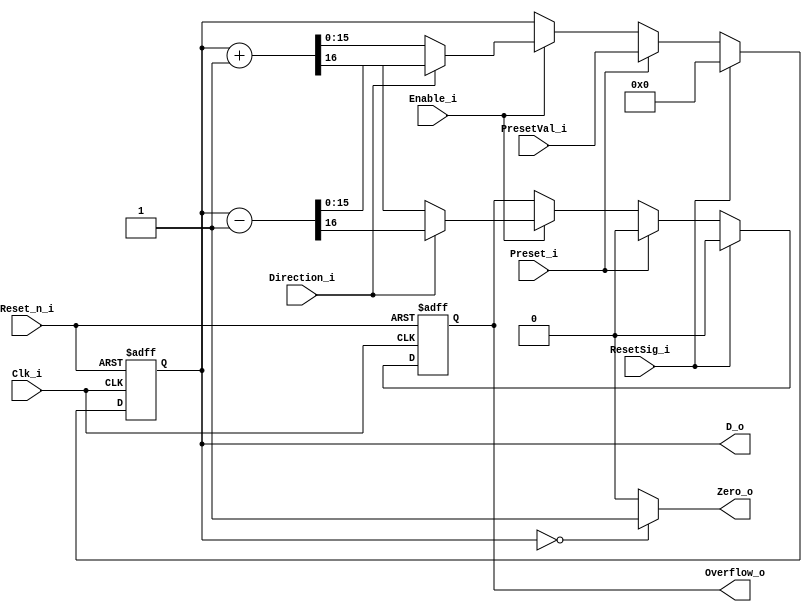
module Counter_TV1 #(
  parameter Width = 16
) (
  (* intersynth_port = "Reset_n_i" *)
  input Reset_n_i,
  (* intersynth_port = "Clk_i" *)
  input Clk_i,
  (* intersynth_conntype = "Bit" *)
  input ResetSig_i,
  (* intersynth_conntype = "Bit" *)
  input Preset_i,
  (* intersynth_conntype = "Bit" *)
  input Enable_i,
  (* intersynth_conntype = "Bit" *)
  input Direction_i,
  (* intersynth_conntype = "Word" *)
  input[Width-1:0] PresetVal_i,
  (* intersynth_conntype = "Word" *)
  output[Width-1:0] D_o,
  (* intersynth_conntype = "Bit" *)
  output Overflow_o,
  (* intersynth_conntype = "Bit" *)
  output Zero_o
);

  reg [Width-1:0] Value;
  reg             Ovfl;

  always @(negedge Reset_n_i or posedge Clk_i)
  begin
    if (!Reset_n_i)
    begin
      Value   <=  'd0;
      Ovfl    <= 1'd0;
    end
    else
    begin
      if (ResetSig_i) begin
        Value <=  'd0;
        Ovfl  <= 1'b0;
      end else if (Preset_i) begin
        Value <= PresetVal_i;
        Ovfl  <= 1'b0;
      end else if (Enable_i)
      begin
        if (!Direction_i)
          {Ovfl, Value} <= Value + 1'b1;
        else
          {Ovfl, Value} <= Value - 1'b1;
      end
    end
  end

  assign D_o = Value;

  assign Zero_o = (Value == 0 ? 1'b1 : 1'b0);

  assign Overflow_o = Ovfl;

endmodule